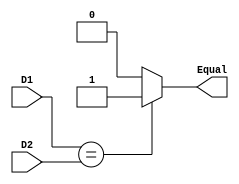
module CMP (
    input wire [31:0] D1,
    input wire [31:0] D2,
    output wire Equal
);
    reg r_Equal;
    
    always @(*) begin
        if(D1==D2) r_Equal = 1;
        else r_Equal = 0;
    end

    assign Equal = r_Equal;

endmodule